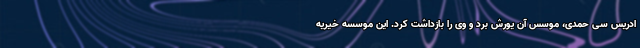
ادریس سی حمدی، موسس آن یورش برد و وی را بازداشت کرد. این موسسه خیریه